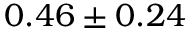
0 . 4 6 \pm 0 . 2 4